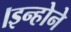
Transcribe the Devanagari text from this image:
।इन्होने